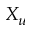
X _ { u }